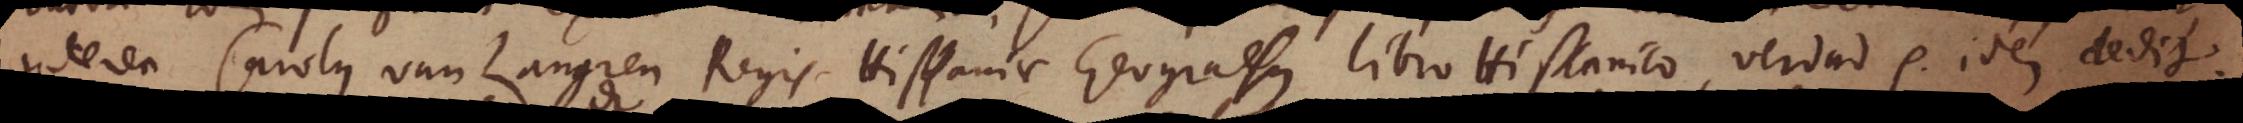
interea _ van Langren Regis Hispaniae Geograφus libro Hispanico, Verdat etc. idem dedit.